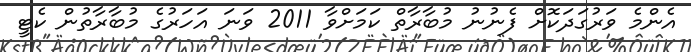
އެންމެ ވަރުގަދަކޮށް ފެނުނު މުބާރާތް ކަމަށްވާ 2011 ވަނަ އަހަރުގެ މުބާރާތުން ކެޓީ